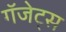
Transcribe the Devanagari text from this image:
गॅजेट्स